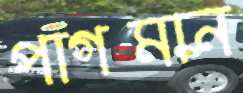
পাগমান